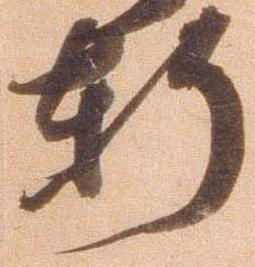
軒